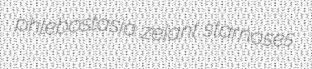
phlebostasia zelant starnoses